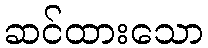
ဆင်ထားသော